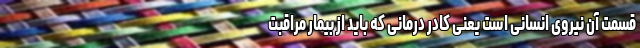
قسمت آن نیروی انسانی است یعنی کادر درمانی که باید از بیمار مراقبت